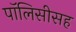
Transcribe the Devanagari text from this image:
पॉलिसीसह